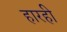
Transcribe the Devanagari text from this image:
हारही